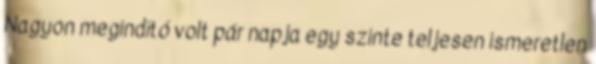
Nagyon megindító volt pár napja egy szinte teljesen ismeretlen